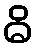
ဓိ